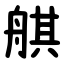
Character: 䑴